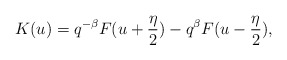
\begin{align*}K(u) = q^{-\beta}F(u+\frac{\eta}{2})-q^{\beta}F(u-\frac{\eta}{2}),\end{align*}